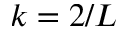
k = 2 / L